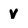
Character: v